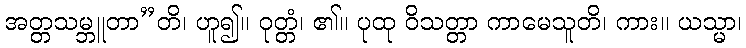
အတ္တသမ္ဘူတာ”တိ၊ ဟူ၍။ ဝုတ္တံ၊ ၏။ ပုထု ဝိသတ္တာ ကာမေသူတိ၊ ကား။ ယသ္မာ၊